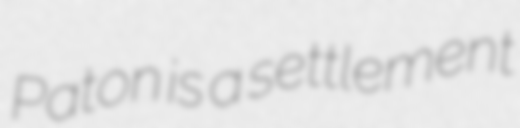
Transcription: Paton is a settlement